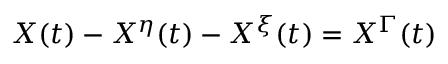
X ( t ) - X ^ { \eta } ( t ) - X ^ { \xi } ( t ) = X ^ { \Gamma } ( t )